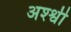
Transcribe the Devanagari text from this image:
अश्श्वी